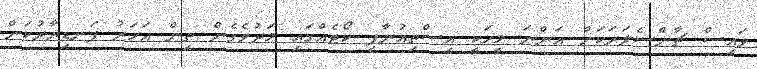
ވައިސް ޗާންސެލަރަކަށް އަންނަ މީހަކީ އިސްތިއުނާފީ ކޯޓެއްގައި މަދުވެގެން ތިން އަހަރު ފަނޑިޔާރުކަން